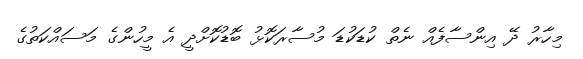
މިހާރު ދޭ އިންސާފެއް ނެތް ކުޑަކުޑަ މުސާރަކޮޅު ބޮޑުކޮށްދީ އެ މީހުންގެ މަސައްކަތުގެ